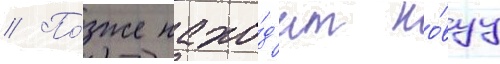
// По́зже нахо́д'ит но́вуу